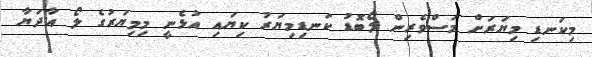
މިކަނޑި މިޔަރަށް މަސްވެރިން ލޯބޮޑު ކަނޑިމިޔަރު ކިޔައި އުޅެނީ މިމިޔަރުގެ ލޯ އާދަޔާ